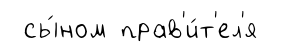
сы́ном прав'и́т'ел'я